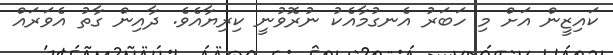
ކައިޒީން އަށް މި ހަބަރު އެނގުމާއެކު ނުރޮވުނީ ކިރިޔާއެވެ. ދާއިން ގާތު އެވަރައް